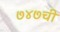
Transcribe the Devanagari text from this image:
७४७ची